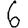
Digit: 6